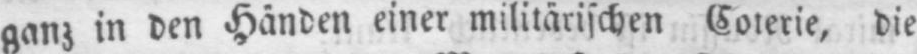
ganz in den Händen einer militärischen Coterie, die